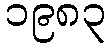
၁၉၈၃